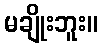
မချိုးဘူး။